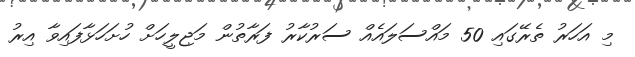
މި އަހަރު ތެރޭގައި 50 މައްސަލައެއް ސަރުކާރު ފަރާތުން މަޖިލީހަށް ހުށަހަޅާފައިވާ އިރު